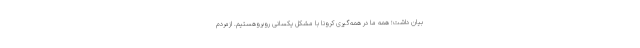
بیان داشت؛ همه ما در همه‌گیری کرونا با مشکل یکسانی روبروهستیم. ازمردم